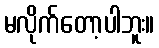
မလိုက်တော့ပါဘူး။